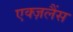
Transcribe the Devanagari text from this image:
एक्ज़लैंस